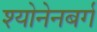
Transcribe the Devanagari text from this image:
श्योनेनबर्ग